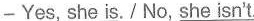
-Yes, she is./No, she \underline{ isn't. }